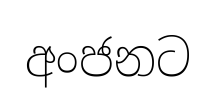
අංජනට